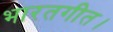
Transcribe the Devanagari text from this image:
भारतगीत।